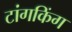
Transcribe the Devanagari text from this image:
टांगकिंग